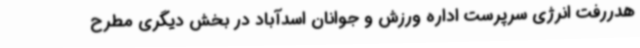
هدررفت انرژی سرپرست اداره ورزش و جوانان اسدآباد در بخش دیگری مطرح